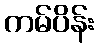
ကမ်ပိန်း